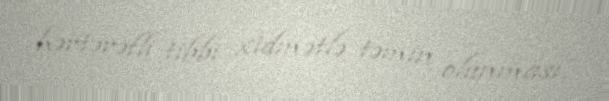
hərtərəfli tibbi xidmətlə təmin olunması.